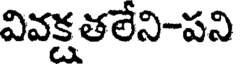
వివక్షతలేని-పని